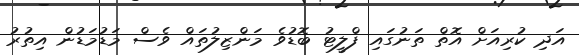
އަދި ކުރިއަށް އޮތް ތަނުގައި ފްލީޓު ބޮޑުވެ މަންޒިލުތައް ވެސް މަޑުމަޑުން އިތުރު